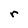
Character: r